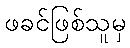
ဖခင်ဖြစ်သူမှ